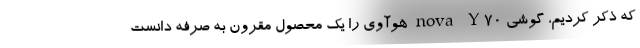
که ذکر کردیم، گوشی nova Y70 هوآوی را یک محصول مقرون به صرفه دانست